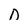
Character: n